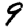
Digit: 9